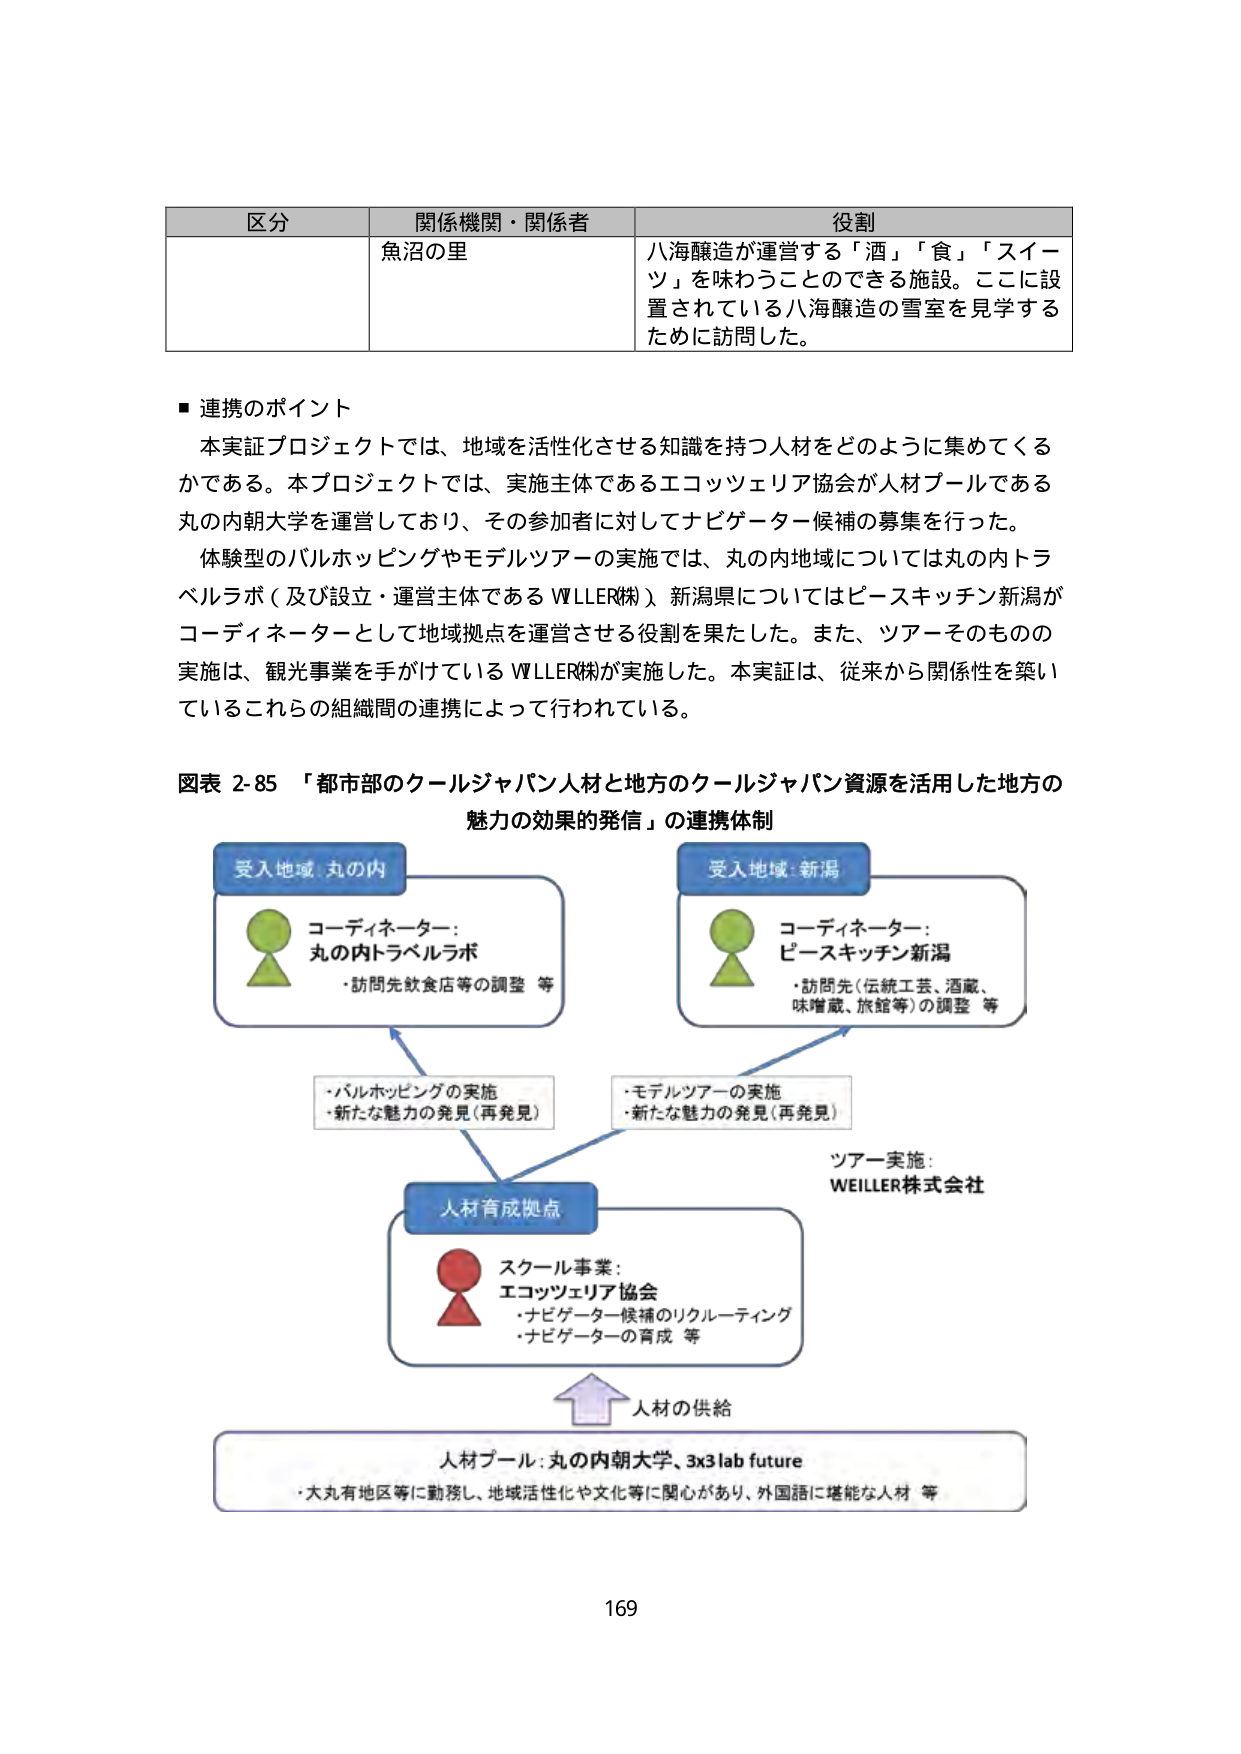
区分 関係機関・関係者 役割
魚沼の里 八海醸造が運営する「酒」「食」「スイーツ」を味わうことのできる施設。ここに設置されている八海醸造の雪室を見学するために訪問した。

■ 連携のポイント
本実証プロジェクトでは、地域を活性化させる知識を持つ人材をどのように集めてくるかである。本プロジェクトでは、実施主体であるエコツェリア協会が人材プールである丸の内朝大学を運営しており、その参加者に対してナビゲーター候補の募集を行った。
体験型のバルホッピングやモデルツアーの実施では、丸の内地域については丸の内トラベルラボ（及び設立・運営主体であるWEILLER㈱）、新潟県についてはピースキッチン新潟がコーディネーターとして地域拠点を運営させる役割を果たした。また、ツアーそのものの実施は、観光事業を手がけているWEILLER㈱が実施した。本実証は、従来から関係性を築いているこれらの組織間の連携によって行われている。

図表 2-85 「都市部のクールジャパン人材と地方のクールジャパン資源を活用した地方の魅力の効果的発信」の連携体制

受入地域：丸の内
コーディネーター：
丸の内トラベルラボ
・訪問先飲食店等の調整 等

受入地域：新潟
コーディネーター：
ピースキッチン新潟
・訪問先（伝統工芸、酒蔵、
味噌蔵、旅館等）の調整 等

・バルホッピングの実施
・新たな魅力の発見（再発見）

・モデルツアーの実施
・新たな魅力の発見（再発見）

ツアー実施：
WEILLER株式会社

人材育成拠点
スクール事業：
エコツェリア協会
・ナビゲーター候補のリクルーティング
・ナビゲーターの育成 等

人材の供給

人材プール：丸の内朝大学、3x3 lab future
・大丸有地区等に勤務し、地域活性化や文化等に関心があり、外国語に堪能な人材 等

169